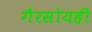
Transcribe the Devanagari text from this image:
गैरसोयही